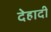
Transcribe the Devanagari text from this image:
देहादी